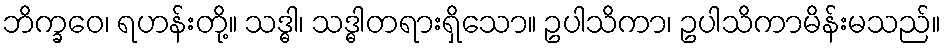
ဘိက္ခဝေ၊ ရဟန်းတို့။ သဒ္ဓါ၊ သဒ္ဓါတရားရှိသော။ ဥပါသိကာ၊ ဥပါသိကာမိန်းမသည်။